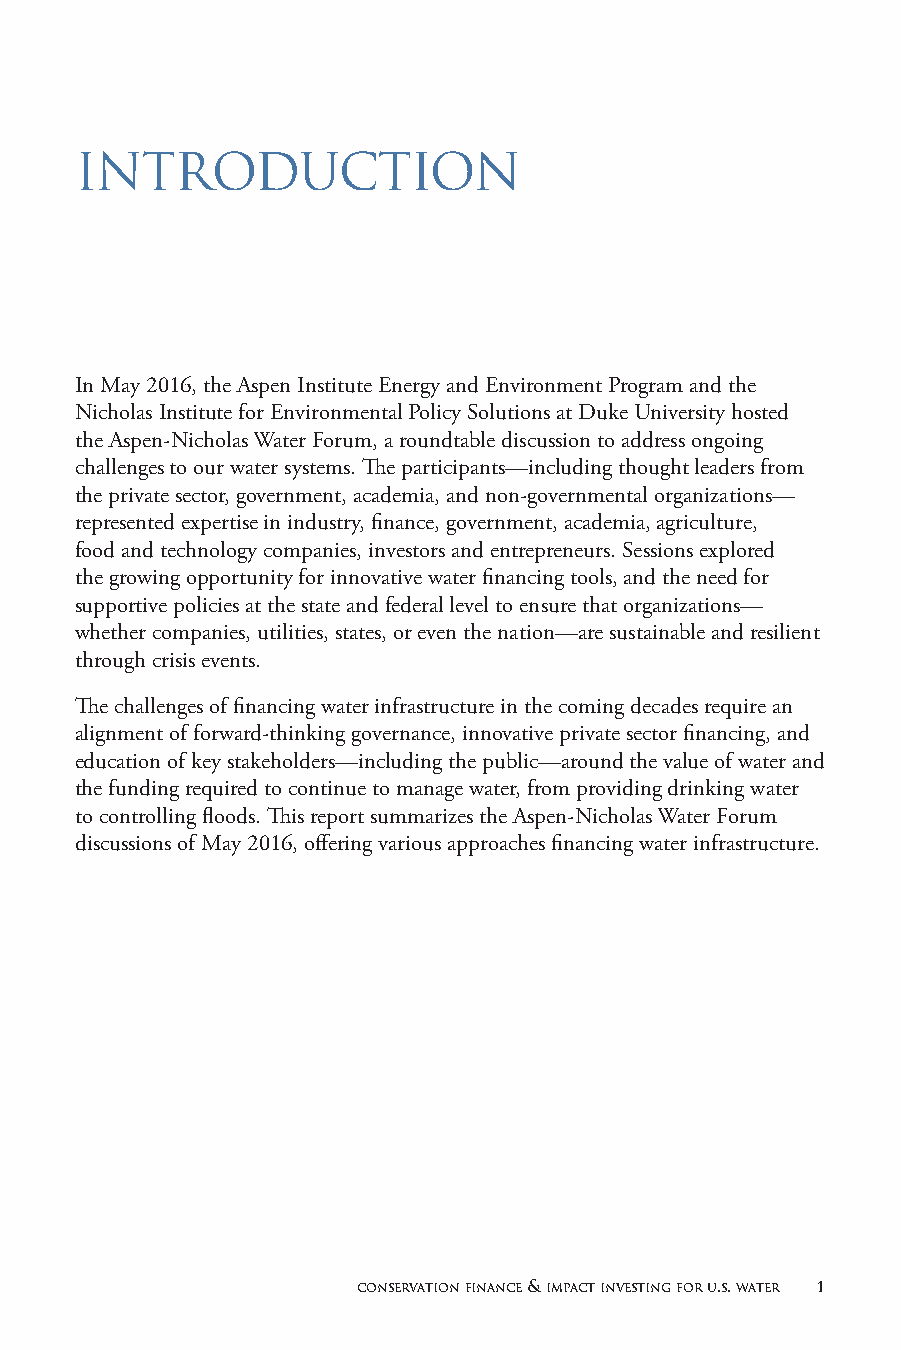
INTRODUCTION
 In May 2016, the Aspen Institute Energy and Environment Program and the
 Nicholas Institute for Environmental Policy Solutions at Duke University hosted
 the Aspen-Nicholas Water Forum, a roundtable discussion to address ongoing
 challenges to our water systems. The participants—including thought leaders from
 the private sector, government, academia, and non-governmental organizations—
 represented expertise in industry, finance, government, academia, agriculture,
 food and technology companies, investors and entrepreneurs. Sessions explored
 the growing opportunity for innovative water financing tools, and the need for
 supportive policies at the state and federal level to ensure that organizations—
 whether companies, utilities, states, or even the nation—are sustainable and resilient
 through crisis events.
 The challenges of financing water infrastructure in the coming decades require an
 alignment of forward-thinking governance, innovative private sector financing, and
 education of key stakeholders—including the public—around the value of water and
 the funding required to continue to manage water, from providing drinking water
 to controlling floods. This report summarizes the Aspen-Nicholas Water Forum
 discussions of May 2016, offering various approaches financing water infrastructure.
 conservation finance & impact investing for u.s. water 1